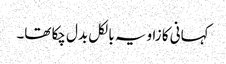
کہانی کا زاویہ بالکل بدل چکا تھا۔